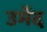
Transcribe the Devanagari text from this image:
उमेंद